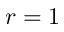
r = 1